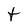
Character: t